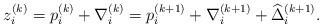
LaTeX: \begin{align*}z_i^{(k)} = p_i^{(k)} + \nabla_i^{(k)} = p_i^{(k+1)} + \nabla_{i}^{(k+1)} + \widehat{\Delta}_i^{(k+1)}.\end{align*}